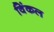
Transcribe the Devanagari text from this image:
विंकल